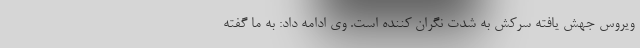
ویروس جهش یافته سرکش به شدت نگران کننده است. وی ادامه داد: به ما گفته